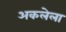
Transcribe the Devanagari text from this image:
अकलेला